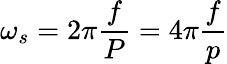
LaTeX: \omega_{s}=2\pi{\frac{f}{P}}=4\pi{\frac{f}{p}}